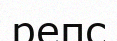
репс